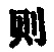
则